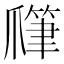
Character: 𤔯